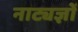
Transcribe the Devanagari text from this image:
नाट्यज्ञों